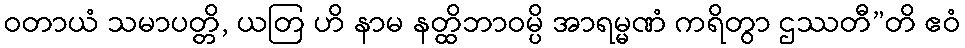
ဝတာယံ သမာပတ္တိ, ယတြ ဟိ နာမ နတ္ထိဘာဝမ္ပိ အာရမ္မဏံ ကရိတွာ ဌဿတီ”တိ ဧဝံ